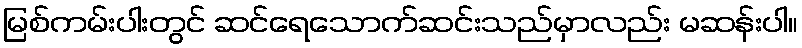
မြစ်ကမ်းပါးတွင် ဆင်ရေသောက်ဆင်းသည်မှာလည်း မဆန်းပါ။